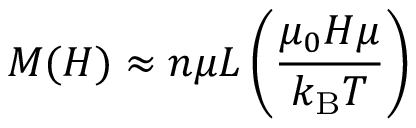
M ( H ) \approx n \mu L \left( { \frac { \mu _ { 0 } H \mu } { k _ { \mathrm { B } } T } } \right)